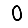
Digit: 0